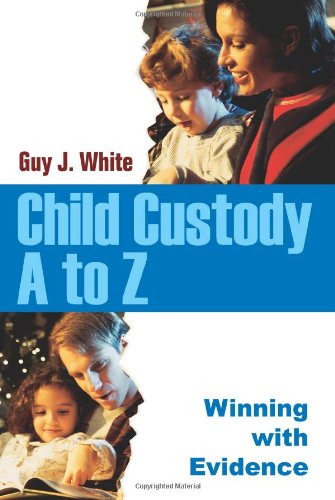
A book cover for Child Custody A to Z: Winning with Evidence; Guy White; Law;